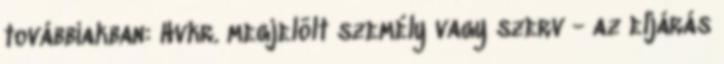
továbbiakban: Hvkr. megjelölt személy vagy szerv - az eljárás